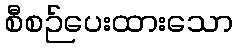
စီစဉ်ပေးထားသော